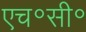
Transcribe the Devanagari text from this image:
एच॰सी॰